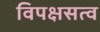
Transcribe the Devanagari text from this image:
विपक्षसत्व